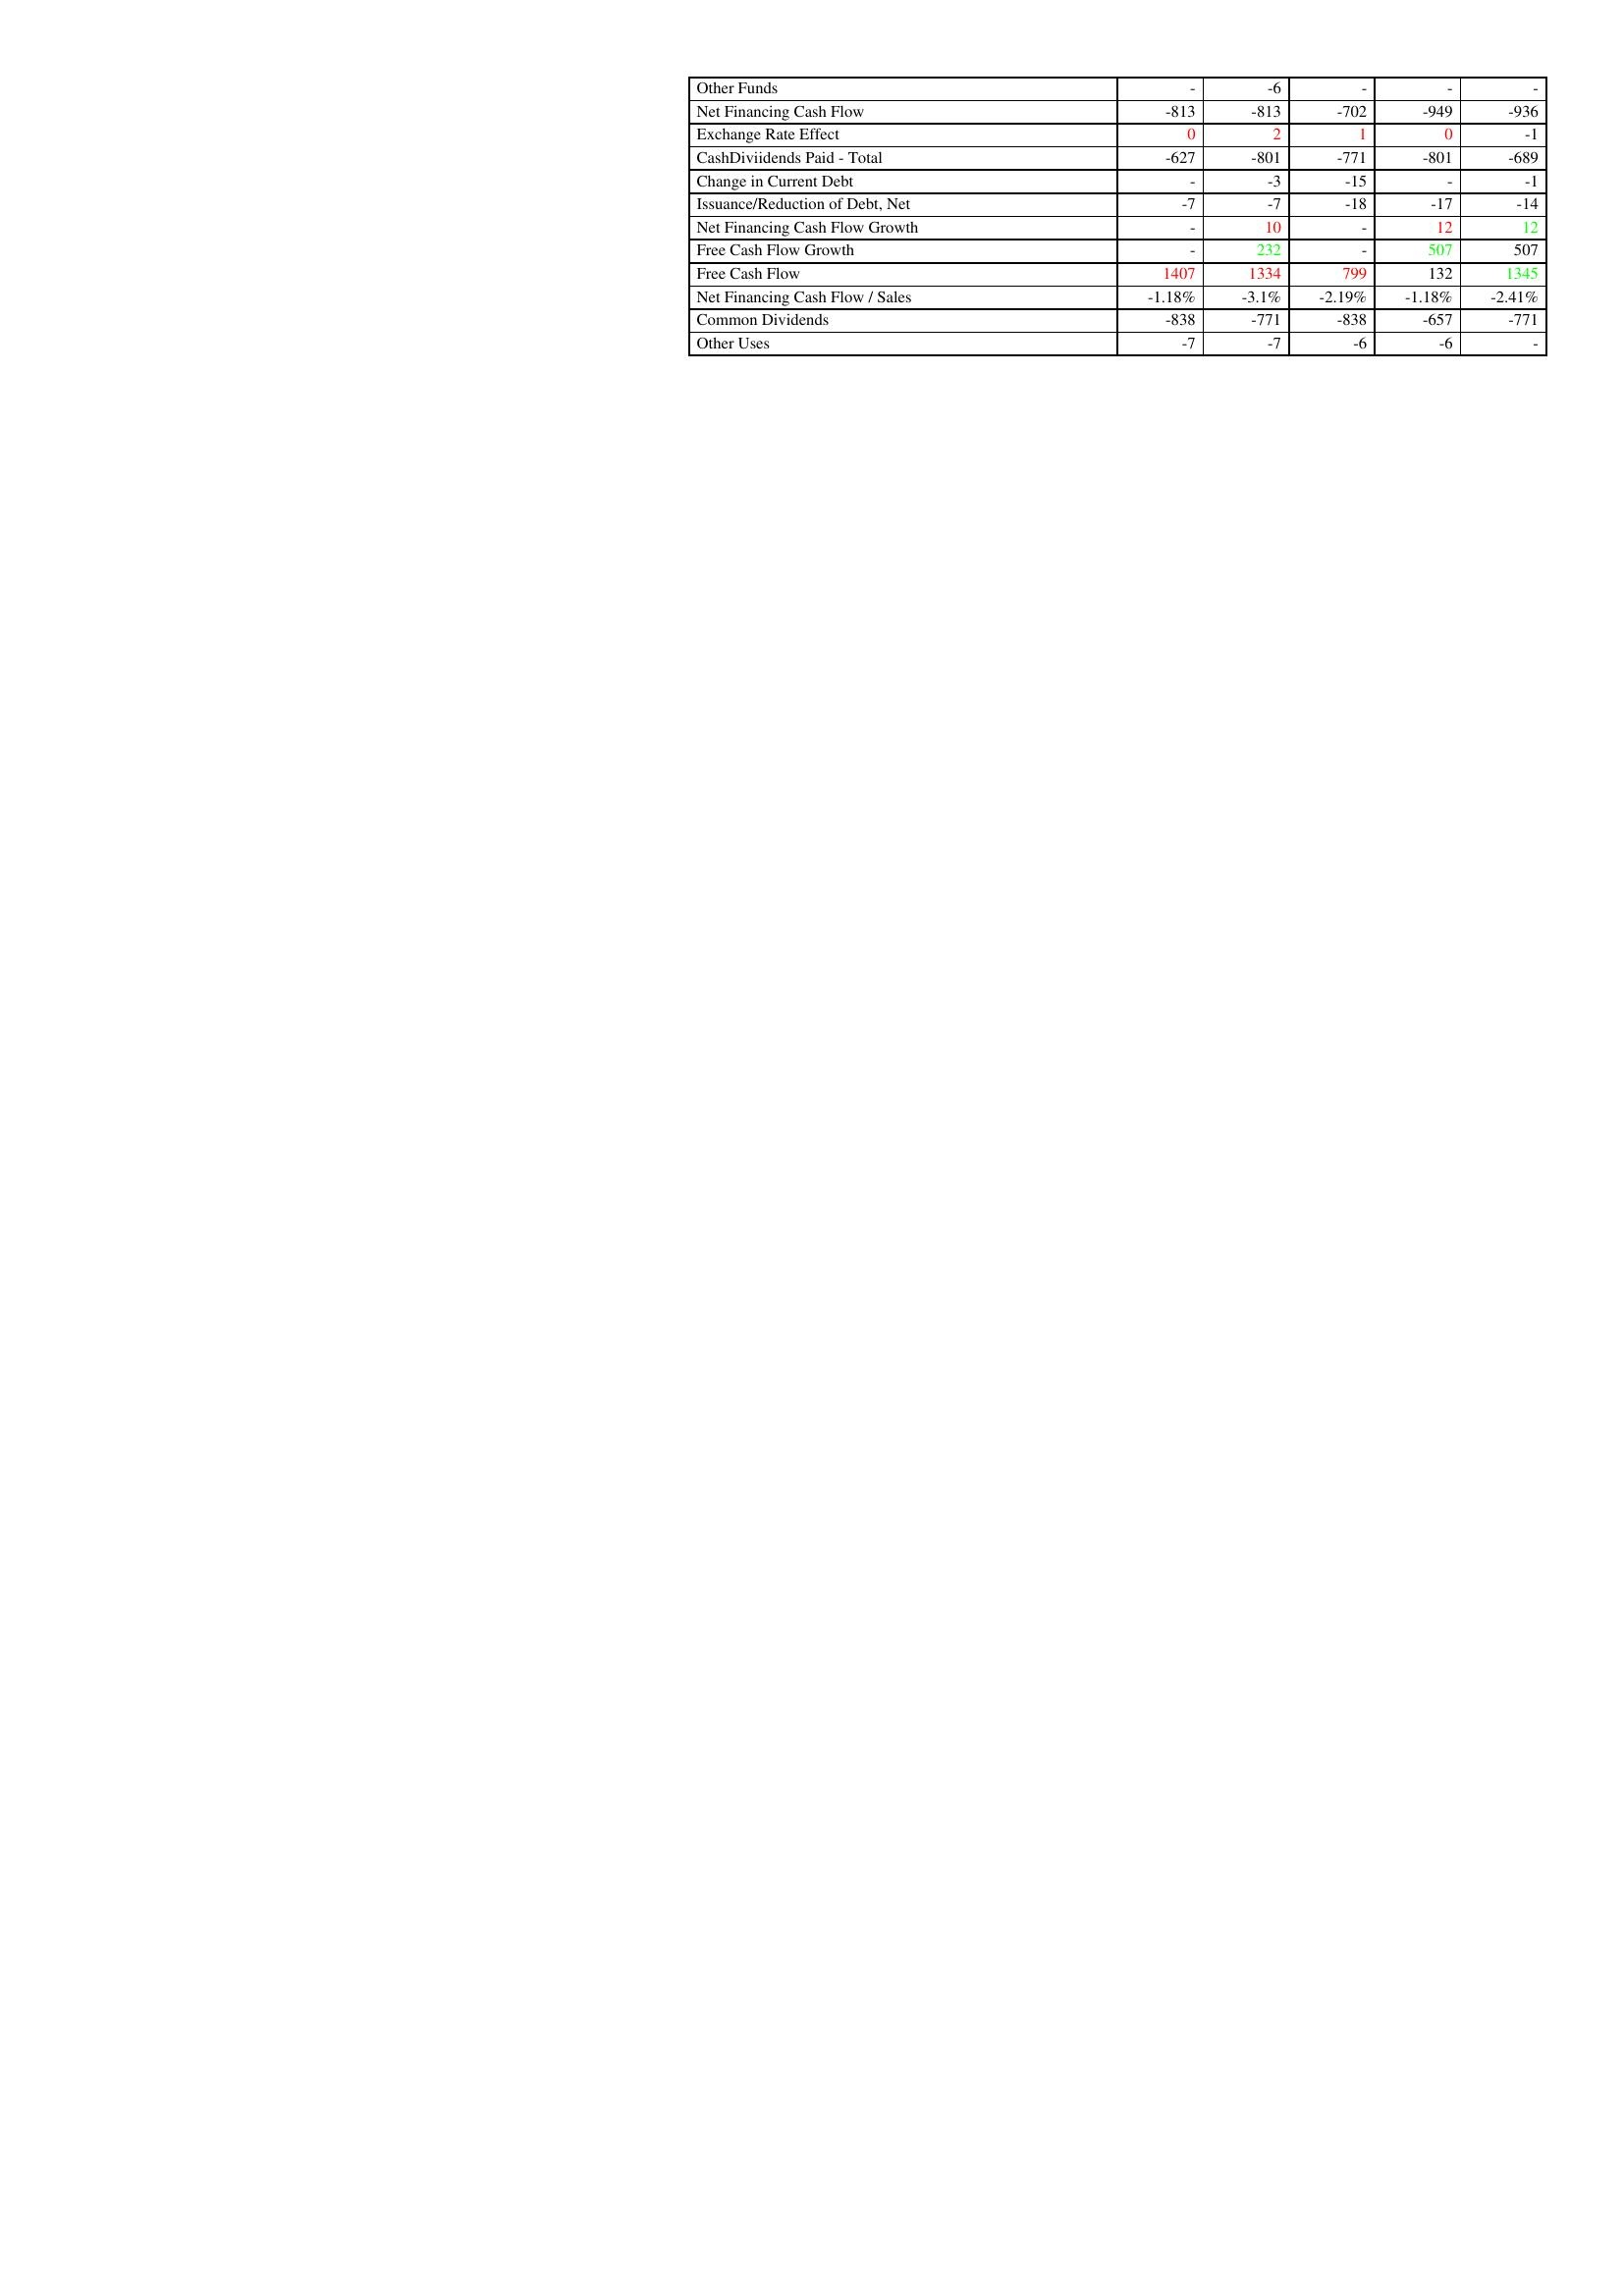
gt_parse: 2022: Financing Activities: Other Funds: -
Net Financing Cash Flow: -813
Exchange Rate Effect: 0
CashDiviidends Paid - Total: -627
Change in Current Debt: -
Issuance/Reduction of Debt, Net: -7
Net Financing Cash Flow Growth: -
Free Cash Flow Growth: -
Free Cash Flow: 1407
Net Financing Cash Flow / Sales: -1.18%
Common Dividends: -838
Other Uses: -7
2021: Financing Activities: Other Funds: -6
Net Financing Cash Flow: -813
Exchange Rate Effect: 2
CashDiviidends Paid - Total: -801
Change in Current Debt: -3
Issuance/Reduction of Debt, Net: -7
Net Financing Cash Flow Growth: 10
Free Cash Flow Growth: 232
Free Cash Flow: 1334
Net Financing Cash Flow / Sales: -3.1%
Common Dividends: -771
Other Uses: -7
2020: Financing Activities: Other Funds: -
Net Financing Cash Flow: -702
Exchange Rate Effect: 1
CashDiviidends Paid - Total: -771
Change in Current Debt: -15
Issuance/Reduction of Debt, Net: -18
Net Financing Cash Flow Growth: -
Free Cash Flow Growth: -
Free Cash Flow: 799
Net Financing Cash Flow / Sales: -2.19%
Common Dividends: -838
Other Uses: -6
2019: Financing Activities: Other Funds: -
Net Financing Cash Flow: -949
Exchange Rate Effect: 0
CashDiviidends Paid - Total: -801
Change in Current Debt: -
Issuance/Reduction of Debt, Net: -17
Net Financing Cash Flow Growth: 12
Free Cash Flow Growth: 507
Free Cash Flow: 132
Net Financing Cash Flow / Sales: -1.18%
Common Dividends: -657
Other Uses: -6
2018: Financing Activities: Other Funds: -
Net Financing Cash Flow: -936
Exchange Rate Effect: -1
CashDiviidends Paid - Total: -689
Change in Current Debt: -1
Issuance/Reduction of Debt, Net: -14
Net Financing Cash Flow Growth: 12
Free Cash Flow Growth: 507
Free Cash Flow: 1345
Net Financing Cash Flow / Sales: -2.41%
Common Dividends: -771
Other Uses: -